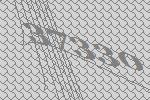
37330